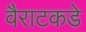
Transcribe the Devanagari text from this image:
वैराटकडे